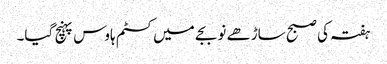
ہفتہ کی صبح ساڑھے نو بجے میں کسٹم ہاوس پہنچ گیا۔